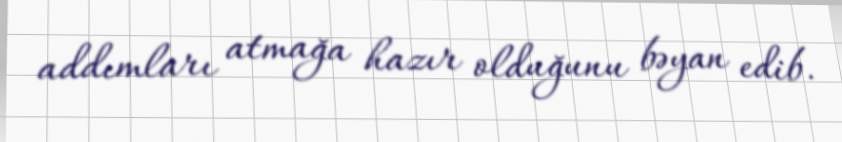
addımları atmağa hazır olduğunu bəyan edib.